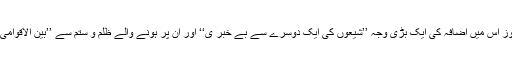
اس مظلومیت اور روز بروز اس میں اضافہ کی ایک بڑی وجہ ’’شیعوں کی ایک دوسرے سے بے خبر ی‘‘ اور ان پر ہونے والے ظلم و ستم سے ’’بین الاقوامی اداروں کی ناواقفیت‘‘ ہے۔